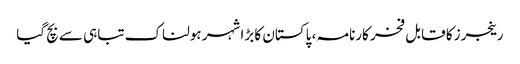
رینجرز کا قابل فخر کارنامہ ، پاکستان کا بڑا شہر ہولناک تباہی سے بچ گیا